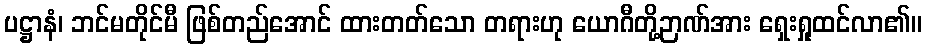
ပဋ္ဌာနံ၊ ဘင်မတိုင်မီ ဖြစ်တည်အောင် ထားတတ်သော တရားဟု ယောဂီတို့ဉာဏ်အား ရှေးရှုထင်လာ၏။